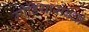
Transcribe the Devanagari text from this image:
मीडियासंबंधी